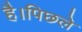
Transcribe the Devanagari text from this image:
है।पिछले